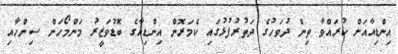
އިންޑިއާއަށް ކުރައްވާ ތިން ދުވަހުގެ ދަތުރުފުޅުގައި ކެމަރޮން އިންޑިއާގެ ބޮޑުވަޒީރު މަންމޯހަން ސިންހާއި